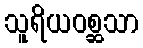
သူရိယဝစ္ဆသာ